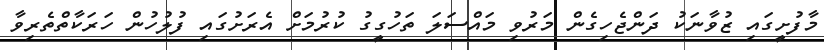
މާފުށީގައި ޒުވާނަކު ދަންޖެހިގެން މަރުވި މައްސަލަ ތަހުގީގު ކުރުމަށް އެރަށުގައި ފުލުހުން ހަރަކާތްތެރިވާ